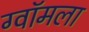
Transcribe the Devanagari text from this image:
ग्वॉमला